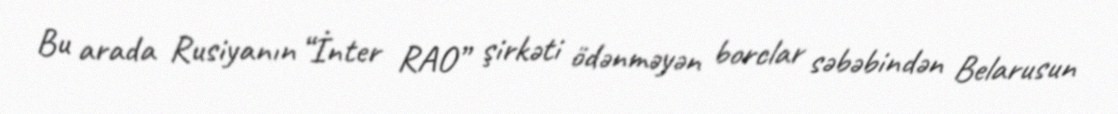
Bu arada Rusiyanın “İnter RAO” şirkəti ödənməyən borclar səbəbindən Belarusun